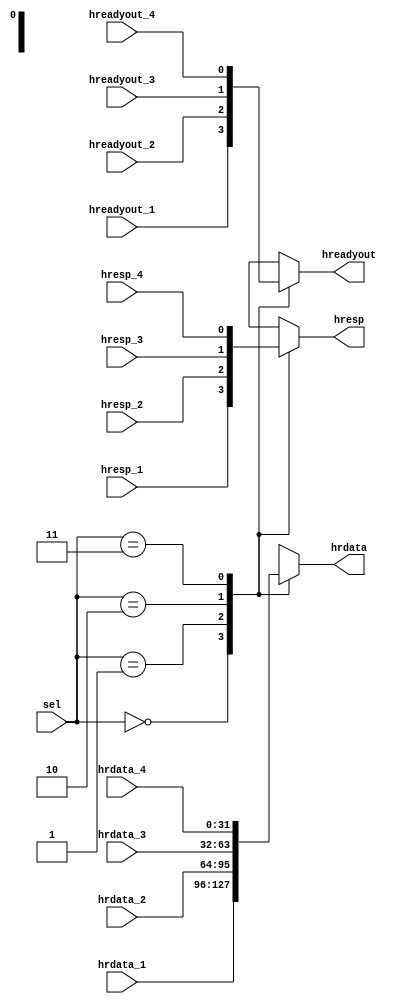
module multiplexor(
  input [31:0] hrdata_1,
  input [31:0] hrdata_2,
  input [31:0] hrdata_3,
  input [31:0] hrdata_4,
  input hreadyout_1,
  input hreadyout_2,
  input hreadyout_3,
  input hreadyout_4,
  input hresp_1,
  input hresp_2,
  input hresp_3,
  input hresp_4,
  input [1:0] sel, // select line
  output reg [31:0] hrdata,
  output reg hreadyout,
  output reg hresp
);

always @(*) begin
  case(sel)
    2'b00: begin
      hrdata = hrdata_1;
      hreadyout = hreadyout_1;
      hresp = hresp_1;
    end
    2'b01: begin
      hrdata = hrdata_2;
      hreadyout = hreadyout_2;
      hresp = hresp_2;
    end
    2'b10: begin
      hrdata = hrdata_3;
      hreadyout = hreadyout_3;
      hresp = hresp_3;
    end
    2'b11: begin
      hrdata = hrdata_4;
      hreadyout = hreadyout_4;
      hresp = hresp_4;
    end
    default: begin
      hrdata = 32'h0000_0000;
      hreadyout = 1'b0;
      hresp = 1'b0;
    end
  endcase
end

endmodule